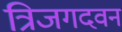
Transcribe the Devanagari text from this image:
त्रिजगदवन